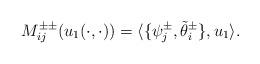
LaTeX: \begin{align*} M_{ij}^{\pm \pm}(u_1(\cdot,\cdot))=\langle \{\psi_j^{\pm}, \tilde \theta_i^{\pm} \}, u_1\rangle.\end{align*}